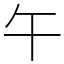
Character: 午